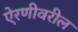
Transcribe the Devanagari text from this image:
ऐरणीवरील